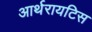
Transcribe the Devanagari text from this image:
आर्थरायटिस